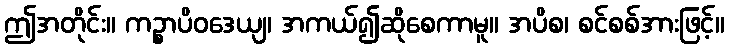
ဤအတိုင်း။ ကဉ္စာပိဝဒေယျ၊ အကယ်၍ဆိုစေကာမူ။ အပိစ၊ စင်စစ်အားဖြင့်။